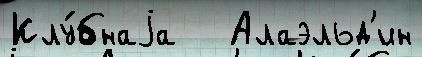
Клу́бнаjа   Алаэльд'ин